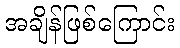
အချိန်ဖြစ်ကြောင်း